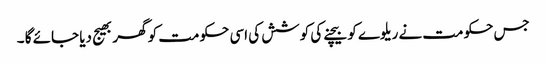
جس حکومت نے ریلوے کو بیچنے کی کوشش کی اسی حکومت کو گھر بھیج دیا جائے گا ۔